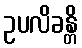
ဥပလိခန္တိ